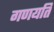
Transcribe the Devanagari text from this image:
गणयति